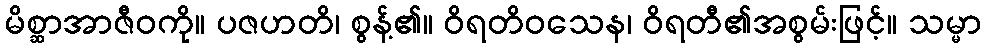
မိစ္ဆာအာဇီဝကို။ ပဇဟတိ၊ စွန့်၏။ ဝိရတိဝသေန၊ ဝိရတီ၏အစွမ်းဖြင့်။ သမ္မာ